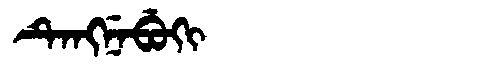
Manchu: ᡨᡝᠩᠨᡝᠪᡠᡴᡳ
Romanization: TENGNEBUKI